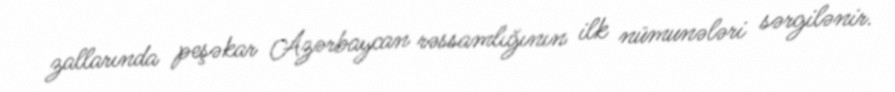
zallarında peşəkar Azərbaycan rəssamlığının ilk nümunələri sərgilənir.